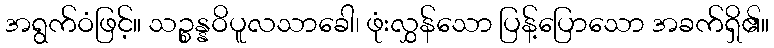
အရွက်ဝံဖြင့်။ သဉ္စန္နဝိပူလသာခေါ၊ ဖုံးလွှန်သော ပြန့်ပြောသော အခက်ရှိ၏။